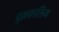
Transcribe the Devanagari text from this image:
चुल्लकालिंग